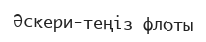
Әскери-теңіз флоты